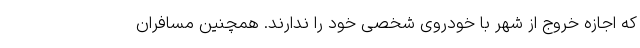
که اجازه خروج از شهر با خودروی شخصی خود را ندارند. همچنین مسافران